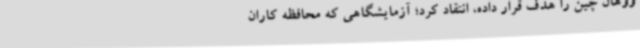
ووهان چین را هدف قرار داده، انتقاد کرد؛ آزمایشگاهی که محافظه کاران